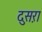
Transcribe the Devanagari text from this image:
दुसऱा